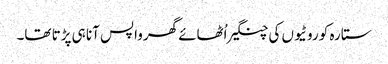
ستارہ کو روٹیوں کی چنگیر اُٹھائے گھرواپس آنا ہی پڑتا تھا۔